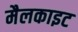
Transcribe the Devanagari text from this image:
मैलकाइट